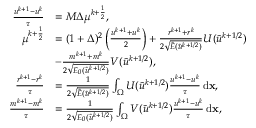
\begin{array} { r l } { \frac { u ^ { k + 1 } - u ^ { k } } { \tau } } & { = M \Delta \mu ^ { k + \frac { 1 } { 2 } } , } \\ { \mu ^ { k + \frac { 1 } { 2 } } } & { = ( 1 + \Delta ) ^ { 2 } \left( \frac { u ^ { k + 1 } + u ^ { k } } { 2 } \right) + \frac { r ^ { k + 1 } + r ^ { k } } { 2 \sqrt { \tilde { E } ( \tilde { u } ^ { k + 1 / 2 } ) } } U ( \tilde { u } ^ { k + 1 / 2 } ) } \\ & { - \frac { m ^ { k + 1 } + m ^ { k } } { 2 \sqrt { E _ { 0 } ( \tilde { u } ^ { k + 1 / 2 } ) } } V ( \tilde { u } ^ { k + 1 / 2 } ) , } \\ { \frac { r ^ { k + 1 } - r ^ { k } } { \tau } } & { = \frac { 1 } { 2 \sqrt { \tilde { E } ( \tilde { u } ^ { k + 1 / 2 } ) } } \int _ { \Omega } U ( \tilde { u } ^ { k + 1 / 2 } ) \frac { u ^ { k + 1 } - u ^ { k } } { \tau } \, \mathrm { d } \mathbf { x } , } \\ { \frac { m ^ { k + 1 } - m ^ { k } } { \tau } } & { = \frac { 1 } { 2 \sqrt { E _ { 0 } ( \tilde { u } ^ { k + 1 / 2 } ) } } \int _ { \Omega } V ( \tilde { u } ^ { k + 1 / 2 } ) \frac { u ^ { k + 1 } - u ^ { k } } { \tau } \, \mathrm { d } \mathbf { x } , } \end{array}